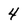
Character: 4